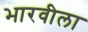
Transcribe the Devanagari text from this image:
भारवीला